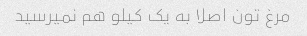
مرغ تون اصلا به یک کیلو هم نمیرسید